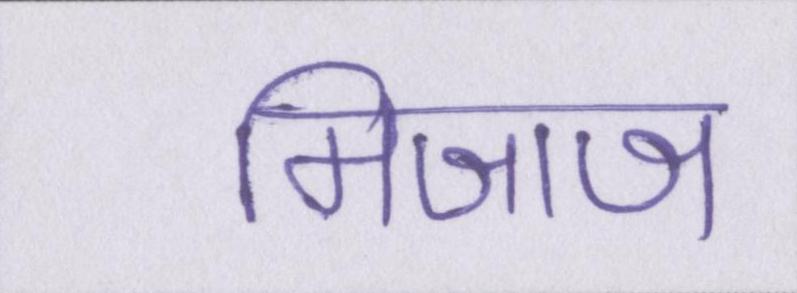
मिजाज